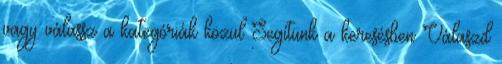
vagy válassz a kategóriák közül Segítünk a keresésben Válaszd